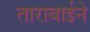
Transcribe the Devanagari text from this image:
ताराबाईने